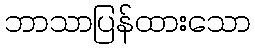
ဘာသာပြန်ထားသော